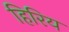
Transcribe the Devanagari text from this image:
हिरिय